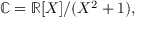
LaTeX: \mathbb { C } = \mathbb { R } [ X ] / ( X ^ { 2 } + 1 ) ,